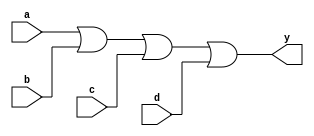
`timescale 1ns / 1ps
////////////////////////////////////////////////////////////////////////////////// 
// Module Name: xup_or4
//////////////////////////////////////////////////////////////////////////////////
module xup_or4 #(parameter DELAY = 3)(
    input wire a,
    input wire b,
    input wire c,
    input wire d,
    output wire y
    );
    
    or #DELAY (y,a,b,c,d);
    
endmodule